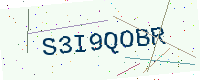
Text: S3I9QOBR